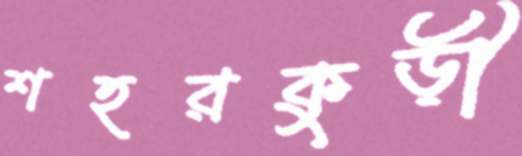
শহরকুড়ী